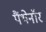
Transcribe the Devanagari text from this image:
पैंथेनॉर